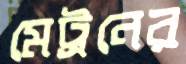
মেট্রনের